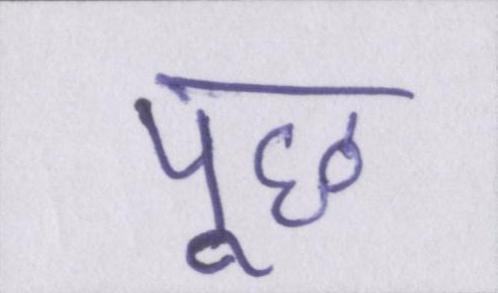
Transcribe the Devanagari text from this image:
पूछ